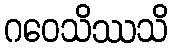
ဂဝေသိဿသိ